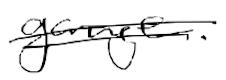
Text: garage.
Cross-out: double-line
Writing tool: digital_black